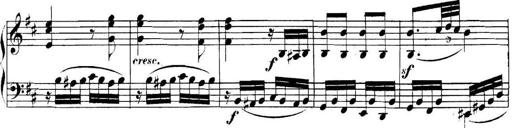
Title: Collected Piano Sonatas
Composer: Muzio Clementi